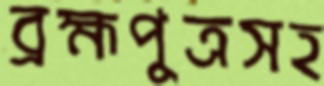
ব্রহ্মপুত্রসহ